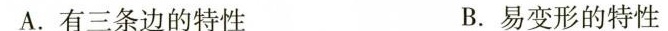
A.有三条边的特性 B.易变形的特性